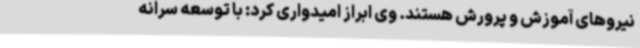
نیروهای آموزش و پرورش هستند. وی ابراز امیدواری کرد: با توسعه سرانه